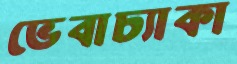
ভেবাচ্যাকা